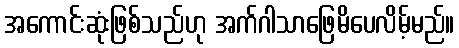
အကောင်းဆုံးဖြစ်သည်ဟု အက်ဂါသာဖြေမိပေလိမ့်မည်။